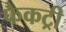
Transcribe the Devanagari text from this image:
फैकट्री